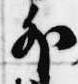
外